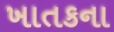
ખાતકના